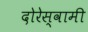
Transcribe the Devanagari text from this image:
दोरेस्वामी